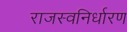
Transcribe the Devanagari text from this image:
राजस्वनिर्धारण